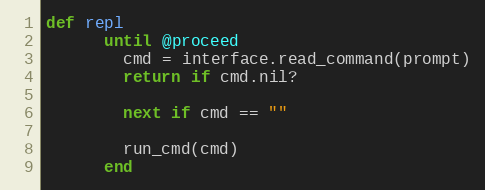
Language: Ruby
def repl
      until @proceed
        cmd = interface.read_command(prompt)
        return if cmd.nil?

        next if cmd == ""

        run_cmd(cmd)
      end